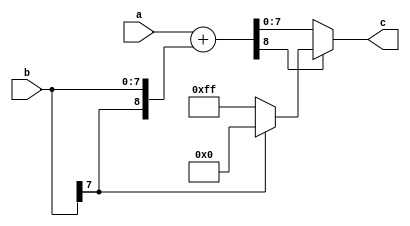
// Copyright Wenting Zhang 2024
//
// This source describes Open Hardware and is licensed under the CERN-OHL-P v2
//
// You may redistribute and modify this documentation and make products using
// it under the terms of the CERN-OHL-P v2 (https:/cern.ch/cern-ohl). This
// documentation is distributed WITHOUT ANY EXPRESS OR IMPLIED WARRANTY,
// INCLUDING OF MERCHANTABILITY, SATISFACTORY QUALITY AND FITNESS FOR A
// PARTICULAR PURPOSE. Please see the CERN-OHL-P v2 for applicable conditions
//
// adder_sat_8.v
// Saturation adder, used in blue noise dithering
`timescale 1ns / 1ps
`default_nettype none
module adder_sat_8(
    input wire [7:0] a, // unsigned
    input wire [7:0] b, // signed
    output wire [7:0] c // unsigned
);

    wire [8:0] a_ext = {1'b0, a};
    wire [8:0] b_ext = {b[7], b};
    wire [8:0] add = a_ext + b_ext;
    assign c = add[8] ? (b[7] ? (8'h00) : (8'hFF)) : (add[7:0]);

endmodule
`default_nettype wire